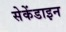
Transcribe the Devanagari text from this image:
सेकेंडाइन